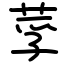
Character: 莩